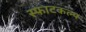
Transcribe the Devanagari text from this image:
स्फाटकल्प